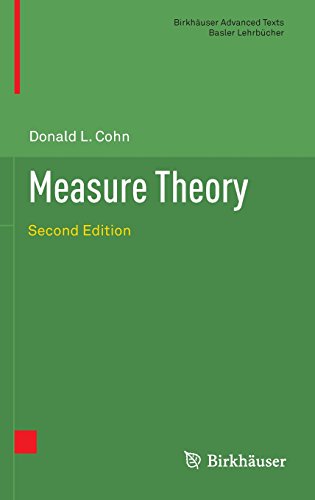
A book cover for Measure Theory: Second Edition (BirkhÃ¤user Advanced Texts   Basler LehrbÃ¼cher); Donald L. Cohn; Science & Math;